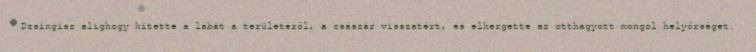
Dzsingisz alighogy kitette a lábát a területéről, a császár visszatért, és elkergette az otthagyott mongol helyőrséget.